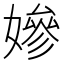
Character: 㜗